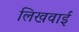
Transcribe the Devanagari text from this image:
लिखवाईं